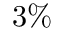
3 \%